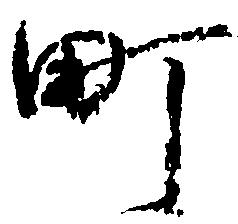
町